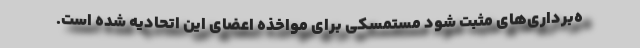
ه‌برداری‌های مثبت شود مستمسکی برای مواخذه اعضای این اتحادیه شده است.